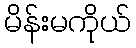
မိန်းမကိုယ်